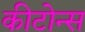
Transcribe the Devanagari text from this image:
कीटोन्स